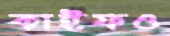
কাইফও